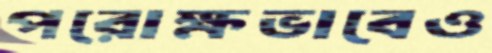
পরোক্ষভাবেও